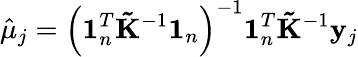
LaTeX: \hat{\mu}_{j}=\left(\mathbf{1}_{n}^{T}{\mathbf{\tilde{K}}}^{-1}\mathbf{1}_{n}\right)^{-1}\mathbf{1}_{n}^{T}{\mathbf{\tilde{K}}}^{-1}\mathbf y_{j}